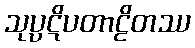
သုပ္ပဋိပတာဠိတဿ